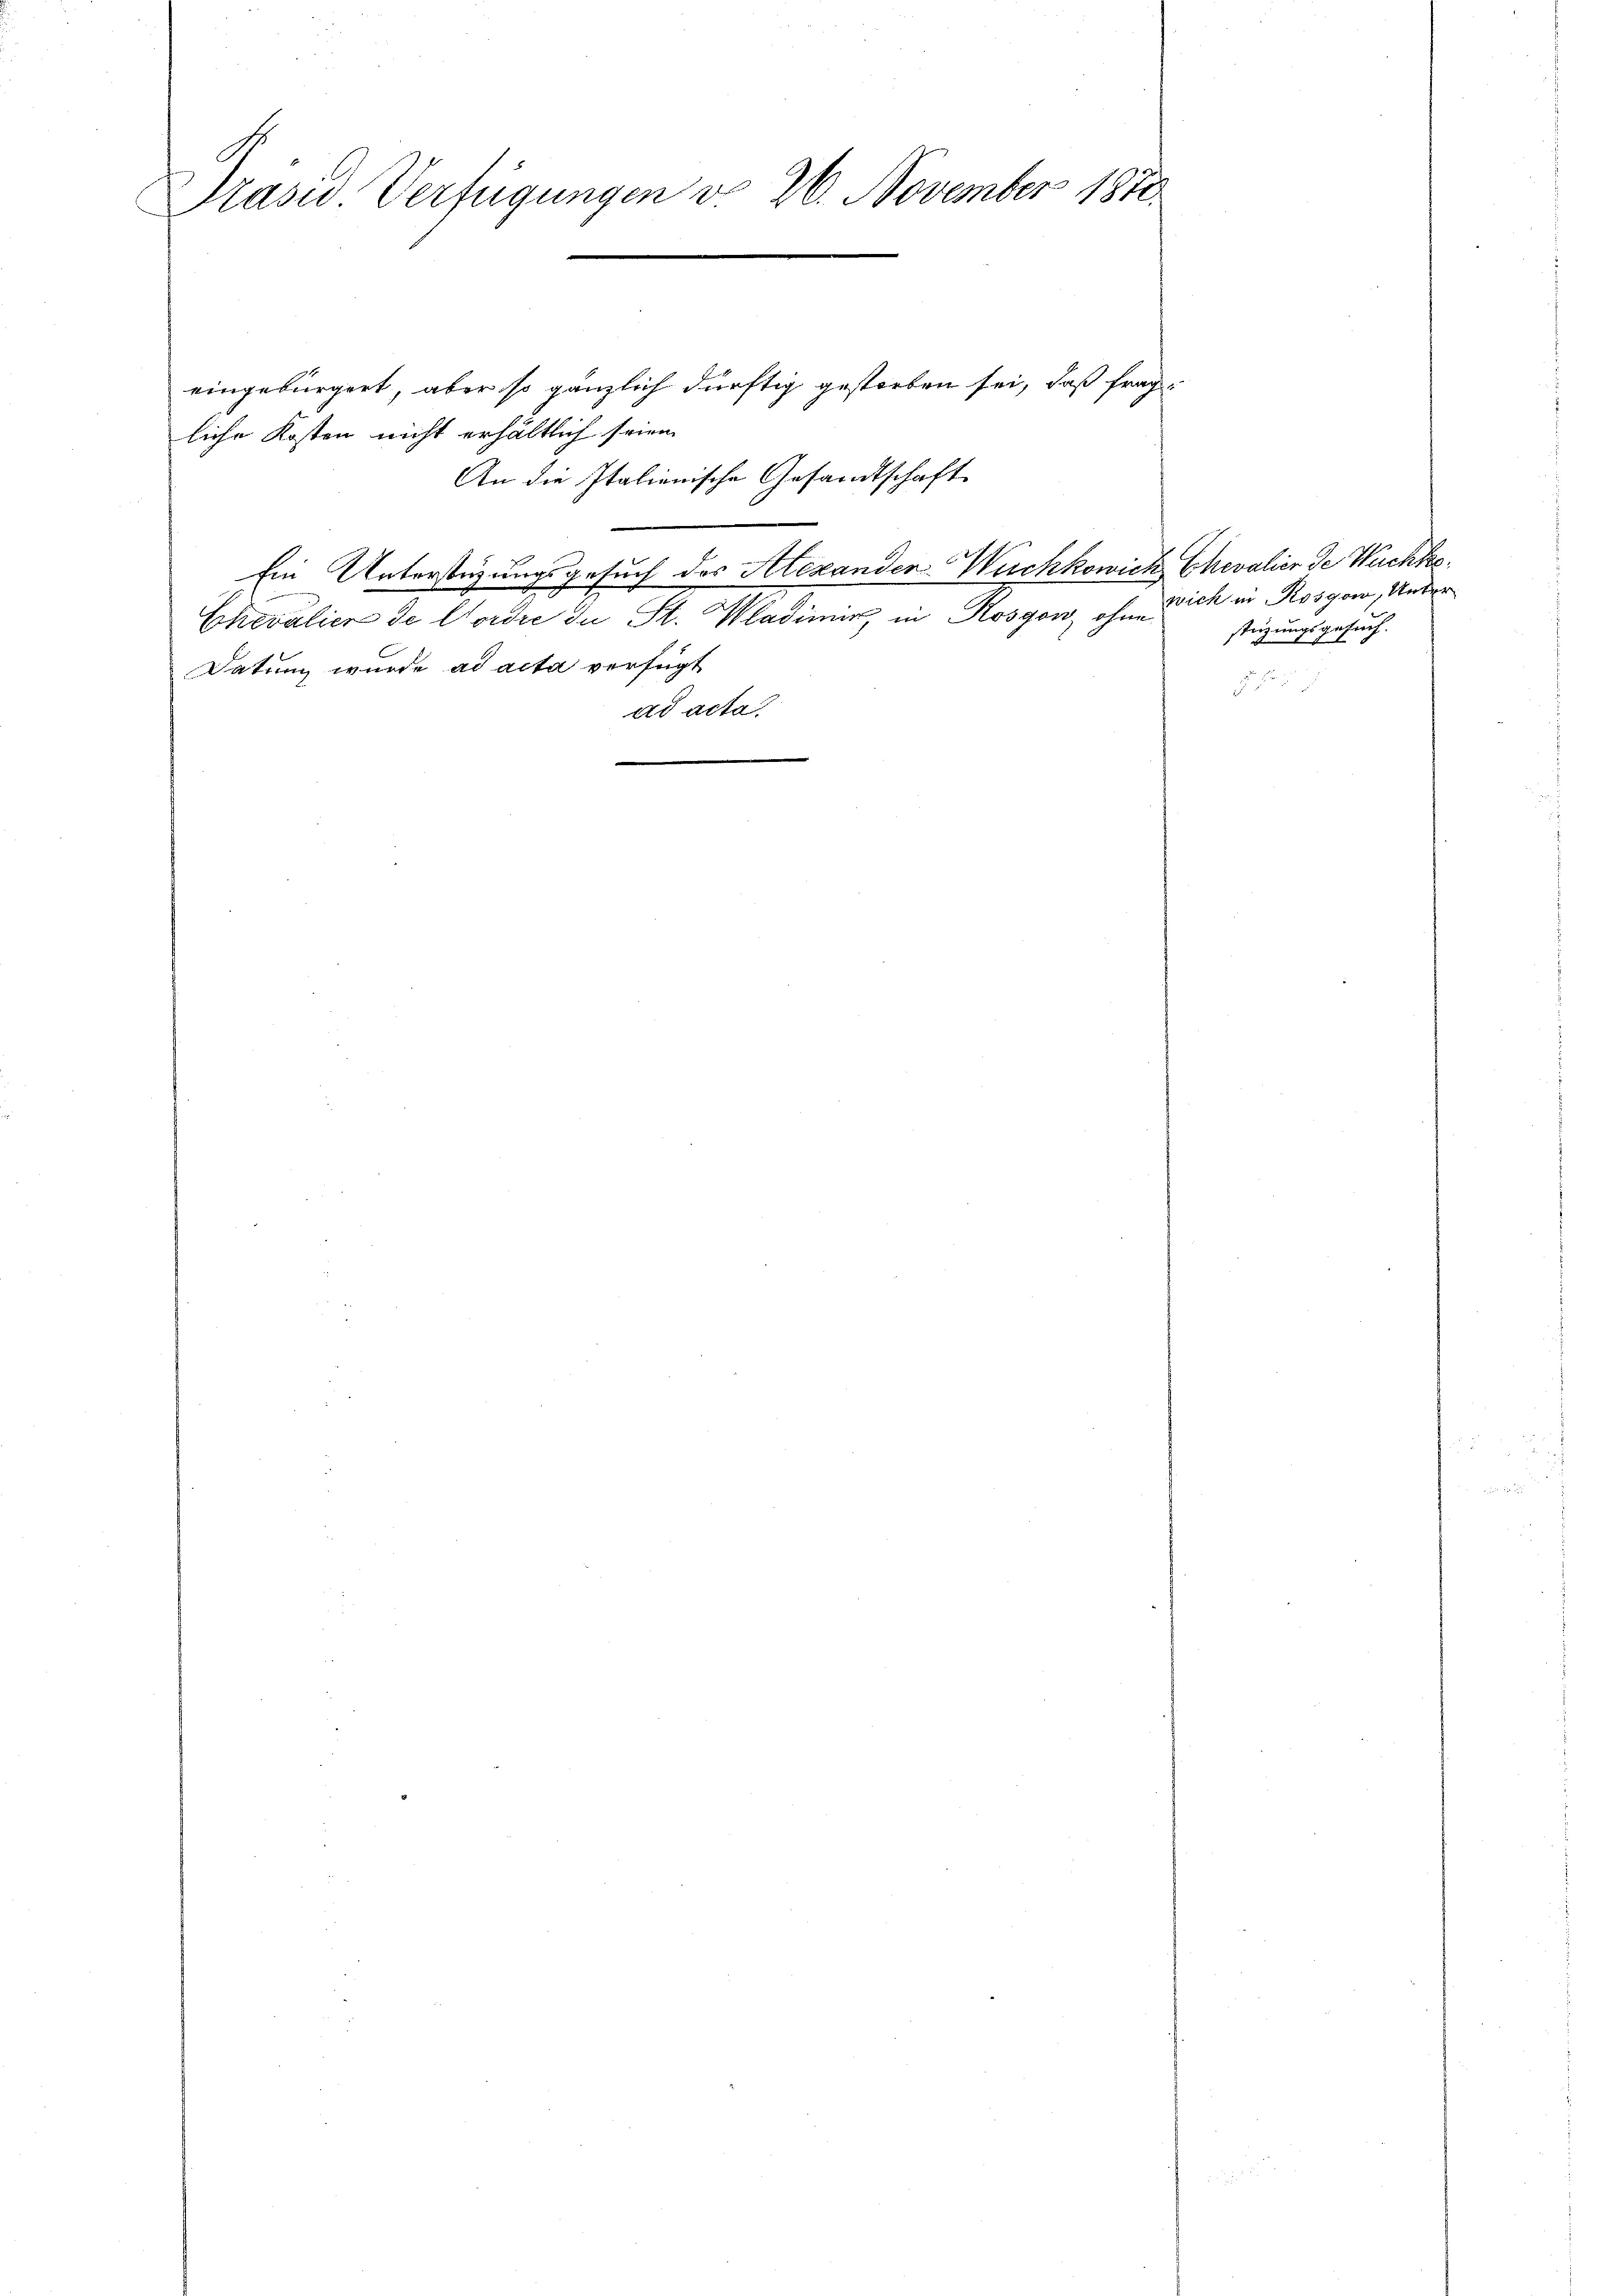
Präsid Verfügungen do 26. November 1870

eingebürgert, aber so gänzlich dürftig gestorben sei, daß frag
liche Kosten nicht erhältlich seien
An die Italienische Gesandtschaft
e
Ein Unterstüzungsgesuch des Alexanden Wuchkowich
Chevaliens de Carder in St. Mademier, in Rossen, ohne
Datung wurde ad acta verfügt
ad acta
e
¬
d
¬

Chevalier der Nachko
wich in Kosgow, Unter-
stüzungsgesuch.